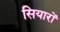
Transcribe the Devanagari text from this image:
सियारों